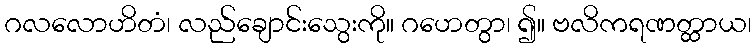
ဂလလောဟိတံ၊ လည်ချောင်းသွေးကို။ ဂဟေတွာ၊ ၍။ ဗလိကရဏတ္ထာယ၊